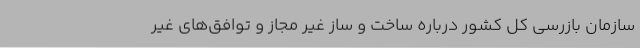
سازمان بازرسی کل کشور درباره ساخت و ساز غیر مجاز و توافق‌های غیر